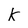
Character: k